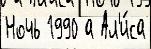
Ночь 1990 а Ал'и́са